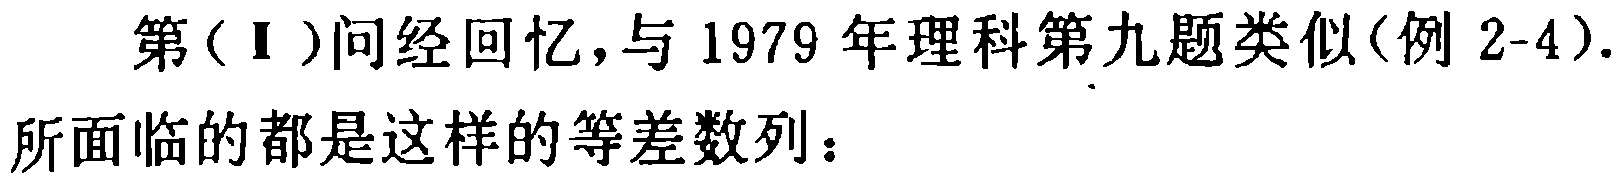
第（\(\mathrm{I}\)）问经回忆，与 1979 年理科第九题类似(例 2-4). 所面临的都是这样的等差数列：